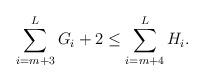
LaTeX: \begin{align*}\sum_{i=m+3}^L G_i + 2 \leq \sum_{i=m+4}^L H_i.\end{align*}